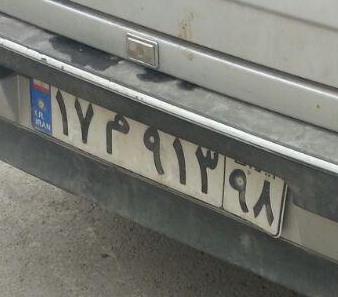
۱۷م۹۱۳۹۸